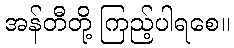
အန်တီတို့ ကြည့်ပါရစေ။